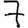
Digit: 7